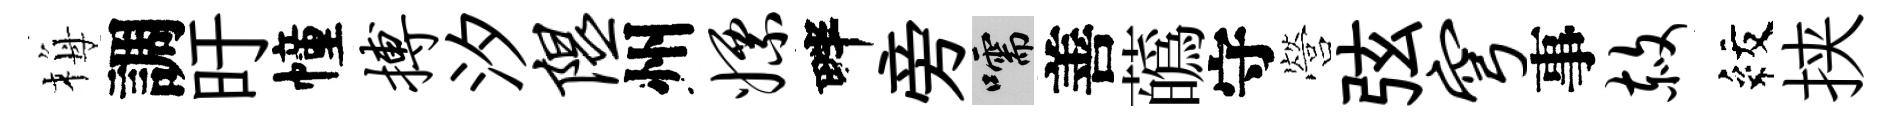
梅調旴幢搏汐隰州嫖畔旁嚅善蘤守營弦穹事赦紋挟